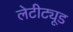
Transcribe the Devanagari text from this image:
लेटीट्यूड